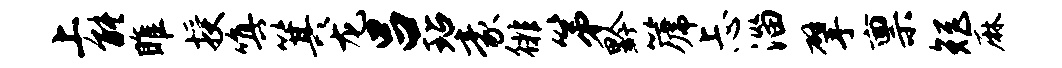
上能雎授嗔箕龙吕玷豪徘第黔篪忐淄擘禀矩麻